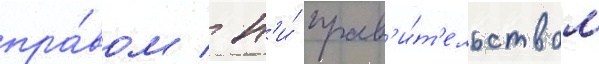
пра́вом / н'и́ прав'и́т'ельством